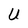
Character: U